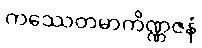
ကဿေတမာကိဏ္ဏဇနံ